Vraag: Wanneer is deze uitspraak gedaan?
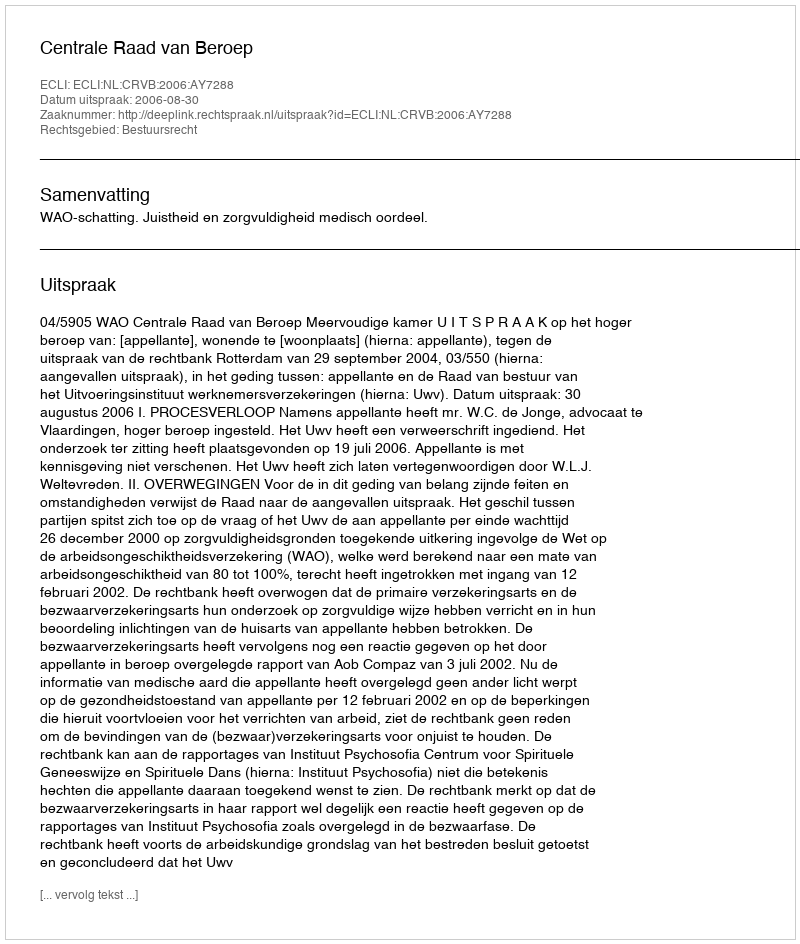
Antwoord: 2006-08-30